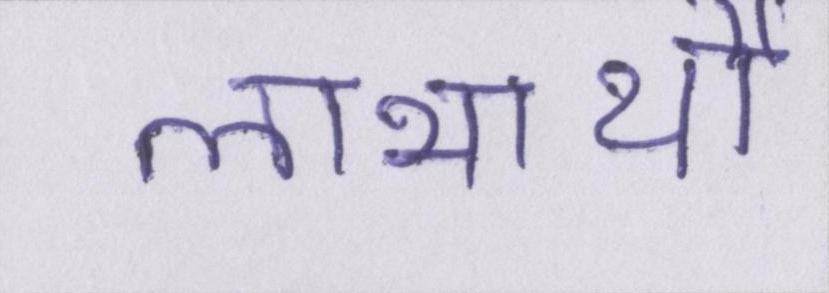
लाभार्थी